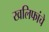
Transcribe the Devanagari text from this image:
खलिफांचे